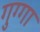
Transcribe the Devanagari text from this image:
गुग्गा